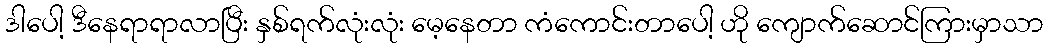
ဒါပေါ့ ဒီနေရာရာလာပြီး နှစ်ရက်လုံးလုံး မေ့နေတာ ကံကောင်းတာပေါ့ ဟို ကျောက်ဆောင်ကြားမှာသာ